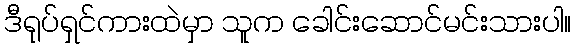
ဒီရုပ်ရှင်ကားထဲမှာ သူက ခေါင်းဆောင်မင်းသားပါ။